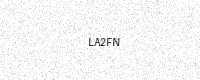
Text: LA2FN